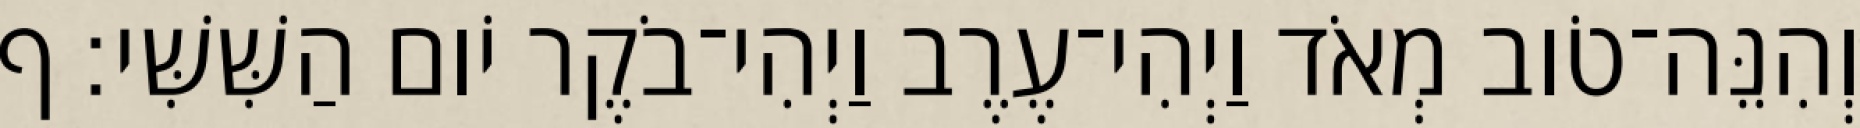
וְהִנֵּה־טֹוב מְאֹד וַיְהִי־עֶרֶב וַיְהִי־בֹקֶר יֹום הַשִּׁשִּׁי׃ ף